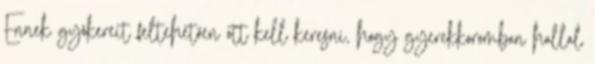
Ennek gyökereit feltehetően ott kell keresni, hogy gyerekkoromban hallal